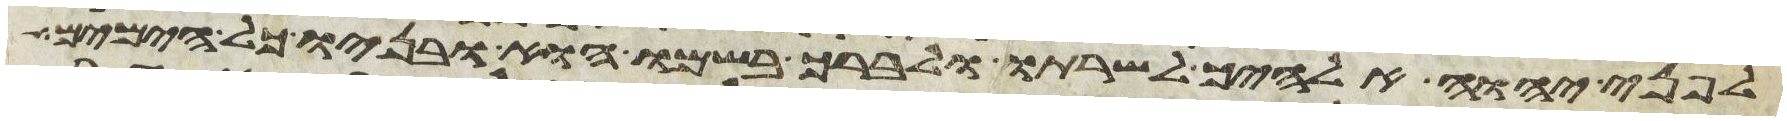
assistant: לפני יהוה אלהיך לשרתו ולברך בשמו הוא ובניו כל הימים